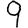
Digit: 9